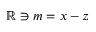
\mathbb { R } \ni m = x - z